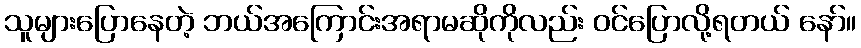
သူများပြောနေတဲ့ ဘယ်အကြောင်းအရာမဆိုကိုလည်း ဝင်ပြောလို့ရတယ် နော်။